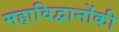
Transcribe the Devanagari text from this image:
महाविद्वानोंकी